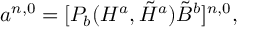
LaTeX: a ^ { n , 0 } = [ P _ { b } ( H ^ { a } , \tilde { H } ^ { a } ) \tilde { B } ^ { b } ] ^ { n , 0 } ,